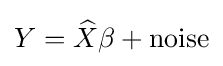
Y={\widehat {X}}\beta +\mathrm {noise}